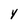
Character: 4